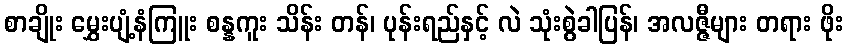
စာချိုး မွှေးပျံ့နံကြူး စန္နကူး သိန်း တန်၊ ပုန်းရည်နှင့် လဲ သုံးစွဲခါပြန်၊ အလဇ္ဇီများ တရား ဖိုး